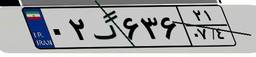
۰۲گ۶۳۶۲۱